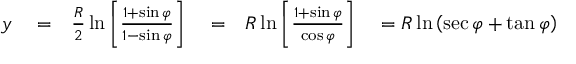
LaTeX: \begin{array} { r l r l r l } { y } & { { } = } & { { \frac { R } { 2 } } \ln \left[ { \frac { 1 + \sin \varphi } { 1 - \sin \varphi } } \right] } & { { } = } & { { R } \ln \left[ { \frac { 1 + \sin \varphi } { \cos \varphi } } \right] } & { { } = R \ln \left( \sec \varphi + \tan \varphi \right) } \end{array}